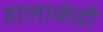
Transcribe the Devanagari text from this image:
हालाकंडी